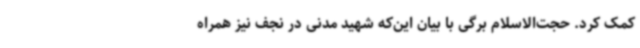
کمک کرد. حجت‌الاسلام برگی با بیان این‌که شهید مدنی در نجف نیز همراه